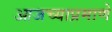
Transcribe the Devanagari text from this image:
आजच्याप्रमाणे